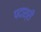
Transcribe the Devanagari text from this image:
पदाश्री